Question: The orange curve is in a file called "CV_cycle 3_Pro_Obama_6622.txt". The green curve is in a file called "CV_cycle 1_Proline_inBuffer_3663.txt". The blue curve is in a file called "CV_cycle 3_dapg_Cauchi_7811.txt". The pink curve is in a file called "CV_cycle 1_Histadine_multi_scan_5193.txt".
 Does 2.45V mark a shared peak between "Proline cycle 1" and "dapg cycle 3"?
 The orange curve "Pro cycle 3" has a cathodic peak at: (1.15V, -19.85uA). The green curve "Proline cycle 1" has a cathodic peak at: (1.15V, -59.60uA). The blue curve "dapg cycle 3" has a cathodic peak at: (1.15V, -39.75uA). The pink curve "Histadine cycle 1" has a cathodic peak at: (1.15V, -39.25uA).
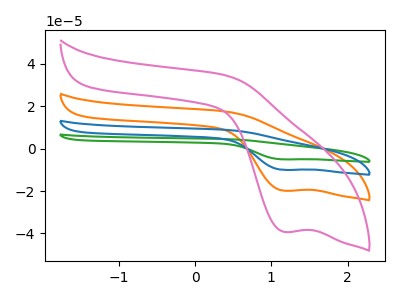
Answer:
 <answer>No, "Proline cycle 1" and "dapg cycle 3" dont share a peak at 2.45V.</answer>
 <eval>mismatch</eval>